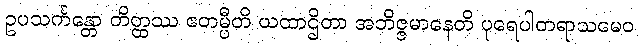
ဥပသင်္ကန္တော တိတ္ထဿ ဧတမ္ပီတိ ယထာဌိတာ အဘိဇ္ဇမာနေတိ ပုရေပါတရာသမေဝ